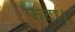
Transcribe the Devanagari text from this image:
फटा।